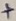
Text: +